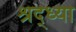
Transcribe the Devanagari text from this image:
श्रद्ध्या